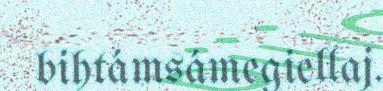
bihtámsámegiellaj.